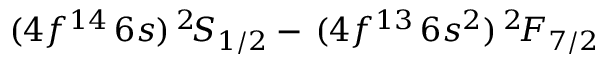
( 4 f ^ { 1 4 } \, 6 s ) \, ^ { 2 } \! S _ { 1 / 2 } - \, ( 4 f ^ { 1 3 } \, 6 s ^ { 2 } ) \, ^ { 2 } \! F _ { 7 / 2 }